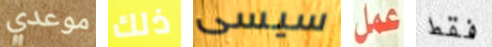
موعدي ذلك سيسى عمل فقط